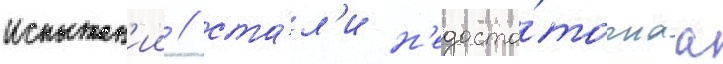
испытан'ии / ста́л'и н'едоста́точнаа